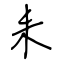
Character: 耒